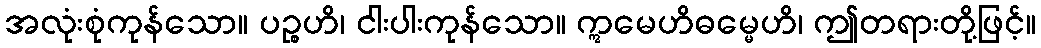
အလုံးစုံကုန်သော။ ပဉ္စဟိ၊ ငါးပါးကုန်သော။ ဣမေဟိဓမ္မေဟိ၊ ဤတရားတို့ဖြင့်။